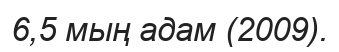
6,5 мың адам (2009).